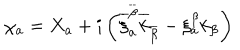
LaTeX: \chi _ { a } = X _ { a } + i \left( \overline { { { \xi } } } _ { a } ^ { \overline { { { \beta } } } } \overline { { { k } } } _ { \overline { { { \beta } } } } - \xi _ { a } ^ { \beta } k _ { \beta } \right)